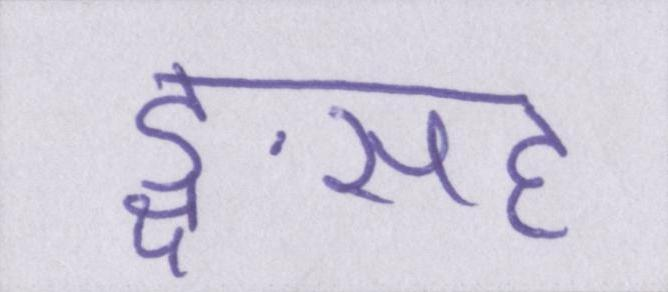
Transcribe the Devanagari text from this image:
ङ्क्षसह